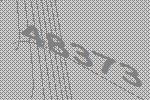
48373